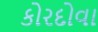
કોરદોવા